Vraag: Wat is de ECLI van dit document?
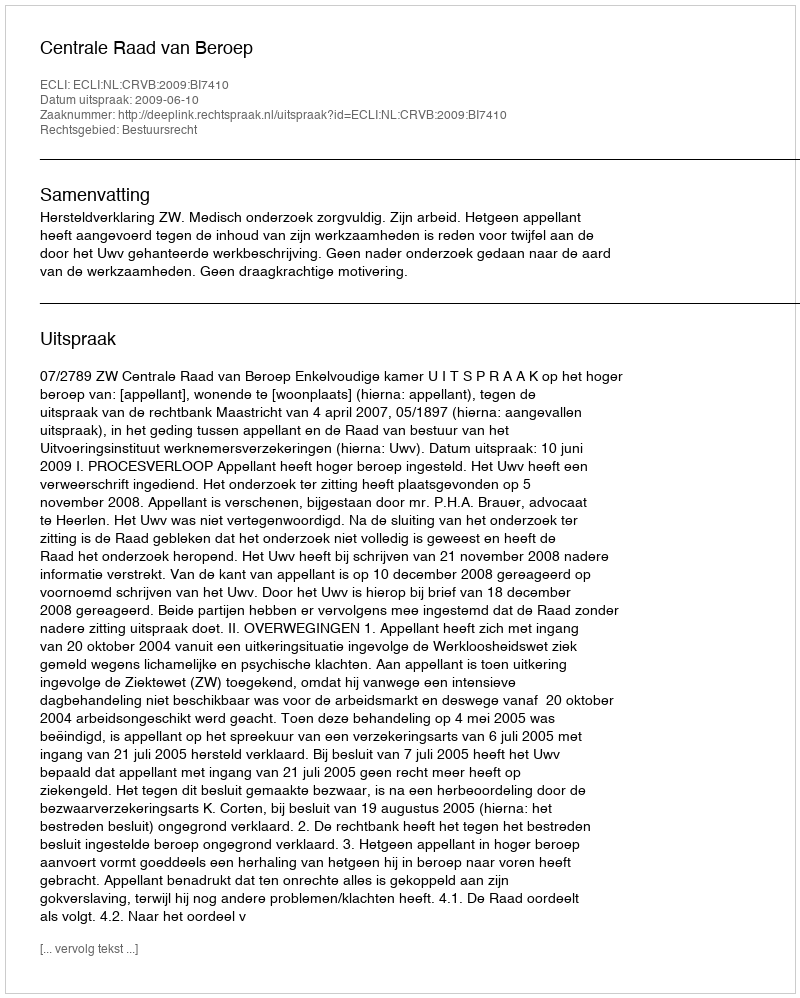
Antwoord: ECLI:NL:CRVB:2009:BI7410